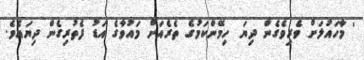
' މާހައުލަށް ވެރިވެގެން ދިޔަ ހިމޭންކަމުގެ ތެރެއަށް މައުވާގެ އަޑު ފެތުރިގެން ދިޔައެވެ.